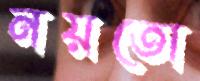
নয়তো